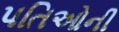
પતિઓની